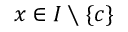
x \in I \setminus \{ c \}